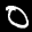
Digit: 0